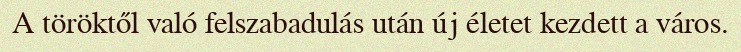
A töröktől való felszabadulás után új életet kezdett a város.